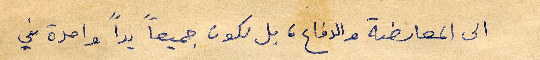
الى المعارضة والدفاع، بل نكون جميعاً يداً واحدة في